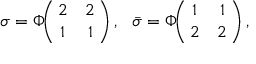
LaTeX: \sigma = \Phi \! \! \left( \! \! \begin{array} { c c } { { 2 } } & { { 2 } } \\ { { 1 } } & { { 1 } } \end{array} \! \! \right) , ~ ~ \bar { \sigma } = \Phi \! \! \left( \! \! \begin{array} { c c } { { 1 } } & { { 1 } } \\ { { 2 } } & { { 2 } } \end{array} \! \! \right) ,